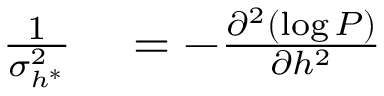
\begin{array} { r l } { \frac { 1 } { \sigma _ { h ^ { * } } ^ { 2 } } } & { { } = - \frac { \partial ^ { 2 } ( \log P ) } { \partial h ^ { 2 } } } \end{array}